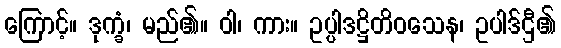
ကြောင့်။ ဒုက္ခံ၊ မည်၏။ ဝါ၊ ကား။ ဥပ္ပါဒဋ္ဌိတိဝသေန၊ ဥပါဒ်ဌီ၏